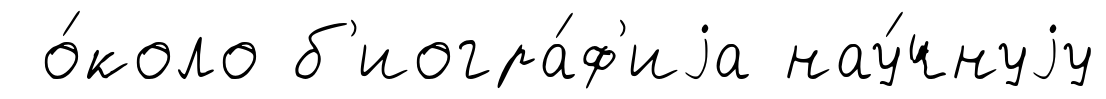
о́коло б'иогра́ф'иjа нау́чнуjу